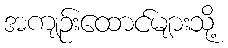
အကျဉ်းထောင်များသို့